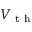
V _ { \mathrm { ~ t ~ h ~ } }